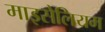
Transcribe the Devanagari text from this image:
माइसेलियम